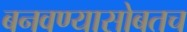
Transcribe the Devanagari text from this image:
बनवण्यासोबतच